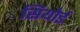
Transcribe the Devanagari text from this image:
सियोई